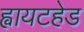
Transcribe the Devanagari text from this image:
ह्वायटहेड